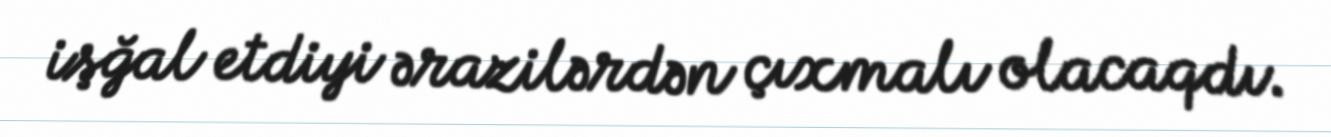
işğal etdiyi ərazilərdən çıxmalı olacaqdı.